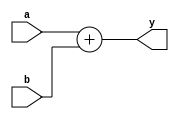
`timescale 1ns / 1ps
//////////////////////////////////////////////////////////////////////////////////
// Company: 
// Engineer: 
// 
// Design Name: 
// Module Name: adder
// Project Name: 
// Target Devices: 
// Tool Versions: 
// Description: 
// 
// Dependencies: 
// 
// Revision:
// Revision 0.01 - File Created
// Additional Comments:
// 
//////////////////////////////////////////////////////////////////////////////////


module adder (input [31:0] a, b,
output [31:0] y);
assign y = a + b;
endmodule